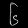
Digit: ၆